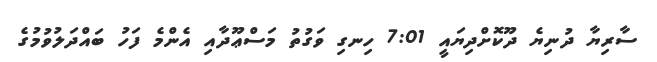
ސާރިޔާ ދުނިޔެ ދޫކޮށްދިޔައީ 7:01 ހިނގި ވަގުތު މަސްޢޫދާއި އެންމެ ފަހު ބައްދަލުވުމުގެ